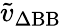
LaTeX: \tilde{v}_{\Delta\mathrm{BB}}